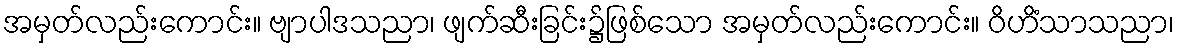
အမှတ်လည်းကောင်း။ ဗျာပါဒသညာ၊ ဖျက်ဆီးခြင်း၌ဖြစ်သော အမှတ်လည်းကောင်း။ ဝိဟိံသာသညာ၊